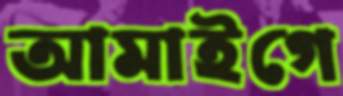
আমাইগে